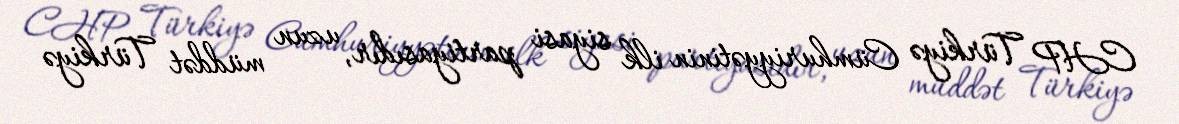
CHP Türkiyə Cümhuriyyətinin ilk siyasi partiyasıdır, uzun müddət Türkiyə